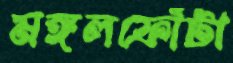
মঙ্গলফোঁটা